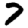
Digit: 7